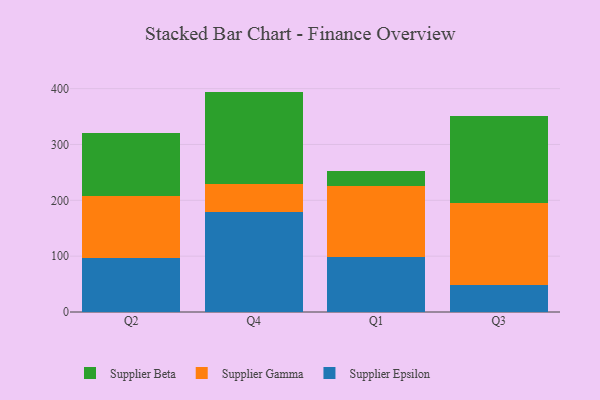
{"axis": {"x": "Quarter", "y": "Tickets Resolved"}, "legend": ["Supplier Beta", "Supplier Epsilon", "Supplier Gamma"], "data": [{"x": "Q2", "y": 97.1, "type": "Supplier Epsilon"}, {"x": "Q2", "y": 111.0, "type": "Supplier Gamma"}, {"x": "Q2", "y": 112.8, "type": "Supplier Beta"}, {"x": "Q4", "y": 179.3, "type": "Supplier Epsilon"}, {"x": "Q4", "y": 50.6, "type": "Supplier Gamma"}, {"x": "Q4", "y": 164.8, "type": "Supplier Beta"}, {"x": "Q1", "y": 98.0, "type": "Supplier Epsilon"}, {"x": "Q1", "y": 127.7, "type": "Supplier Gamma"}, {"x": "Q1", "y": 27.5, "type": "Supplier Beta"}, {"x": "Q3", "y": 48.3, "type": "Supplier Epsilon"}, {"x": "Q3", "y": 146.9, "type": "Supplier Gamma"}, {"x": "Q3", "y": 156.4, "type": "Supplier Beta"}]}